Vaike-Kopu_(Puiatu)_vallavalitsus, lk 34
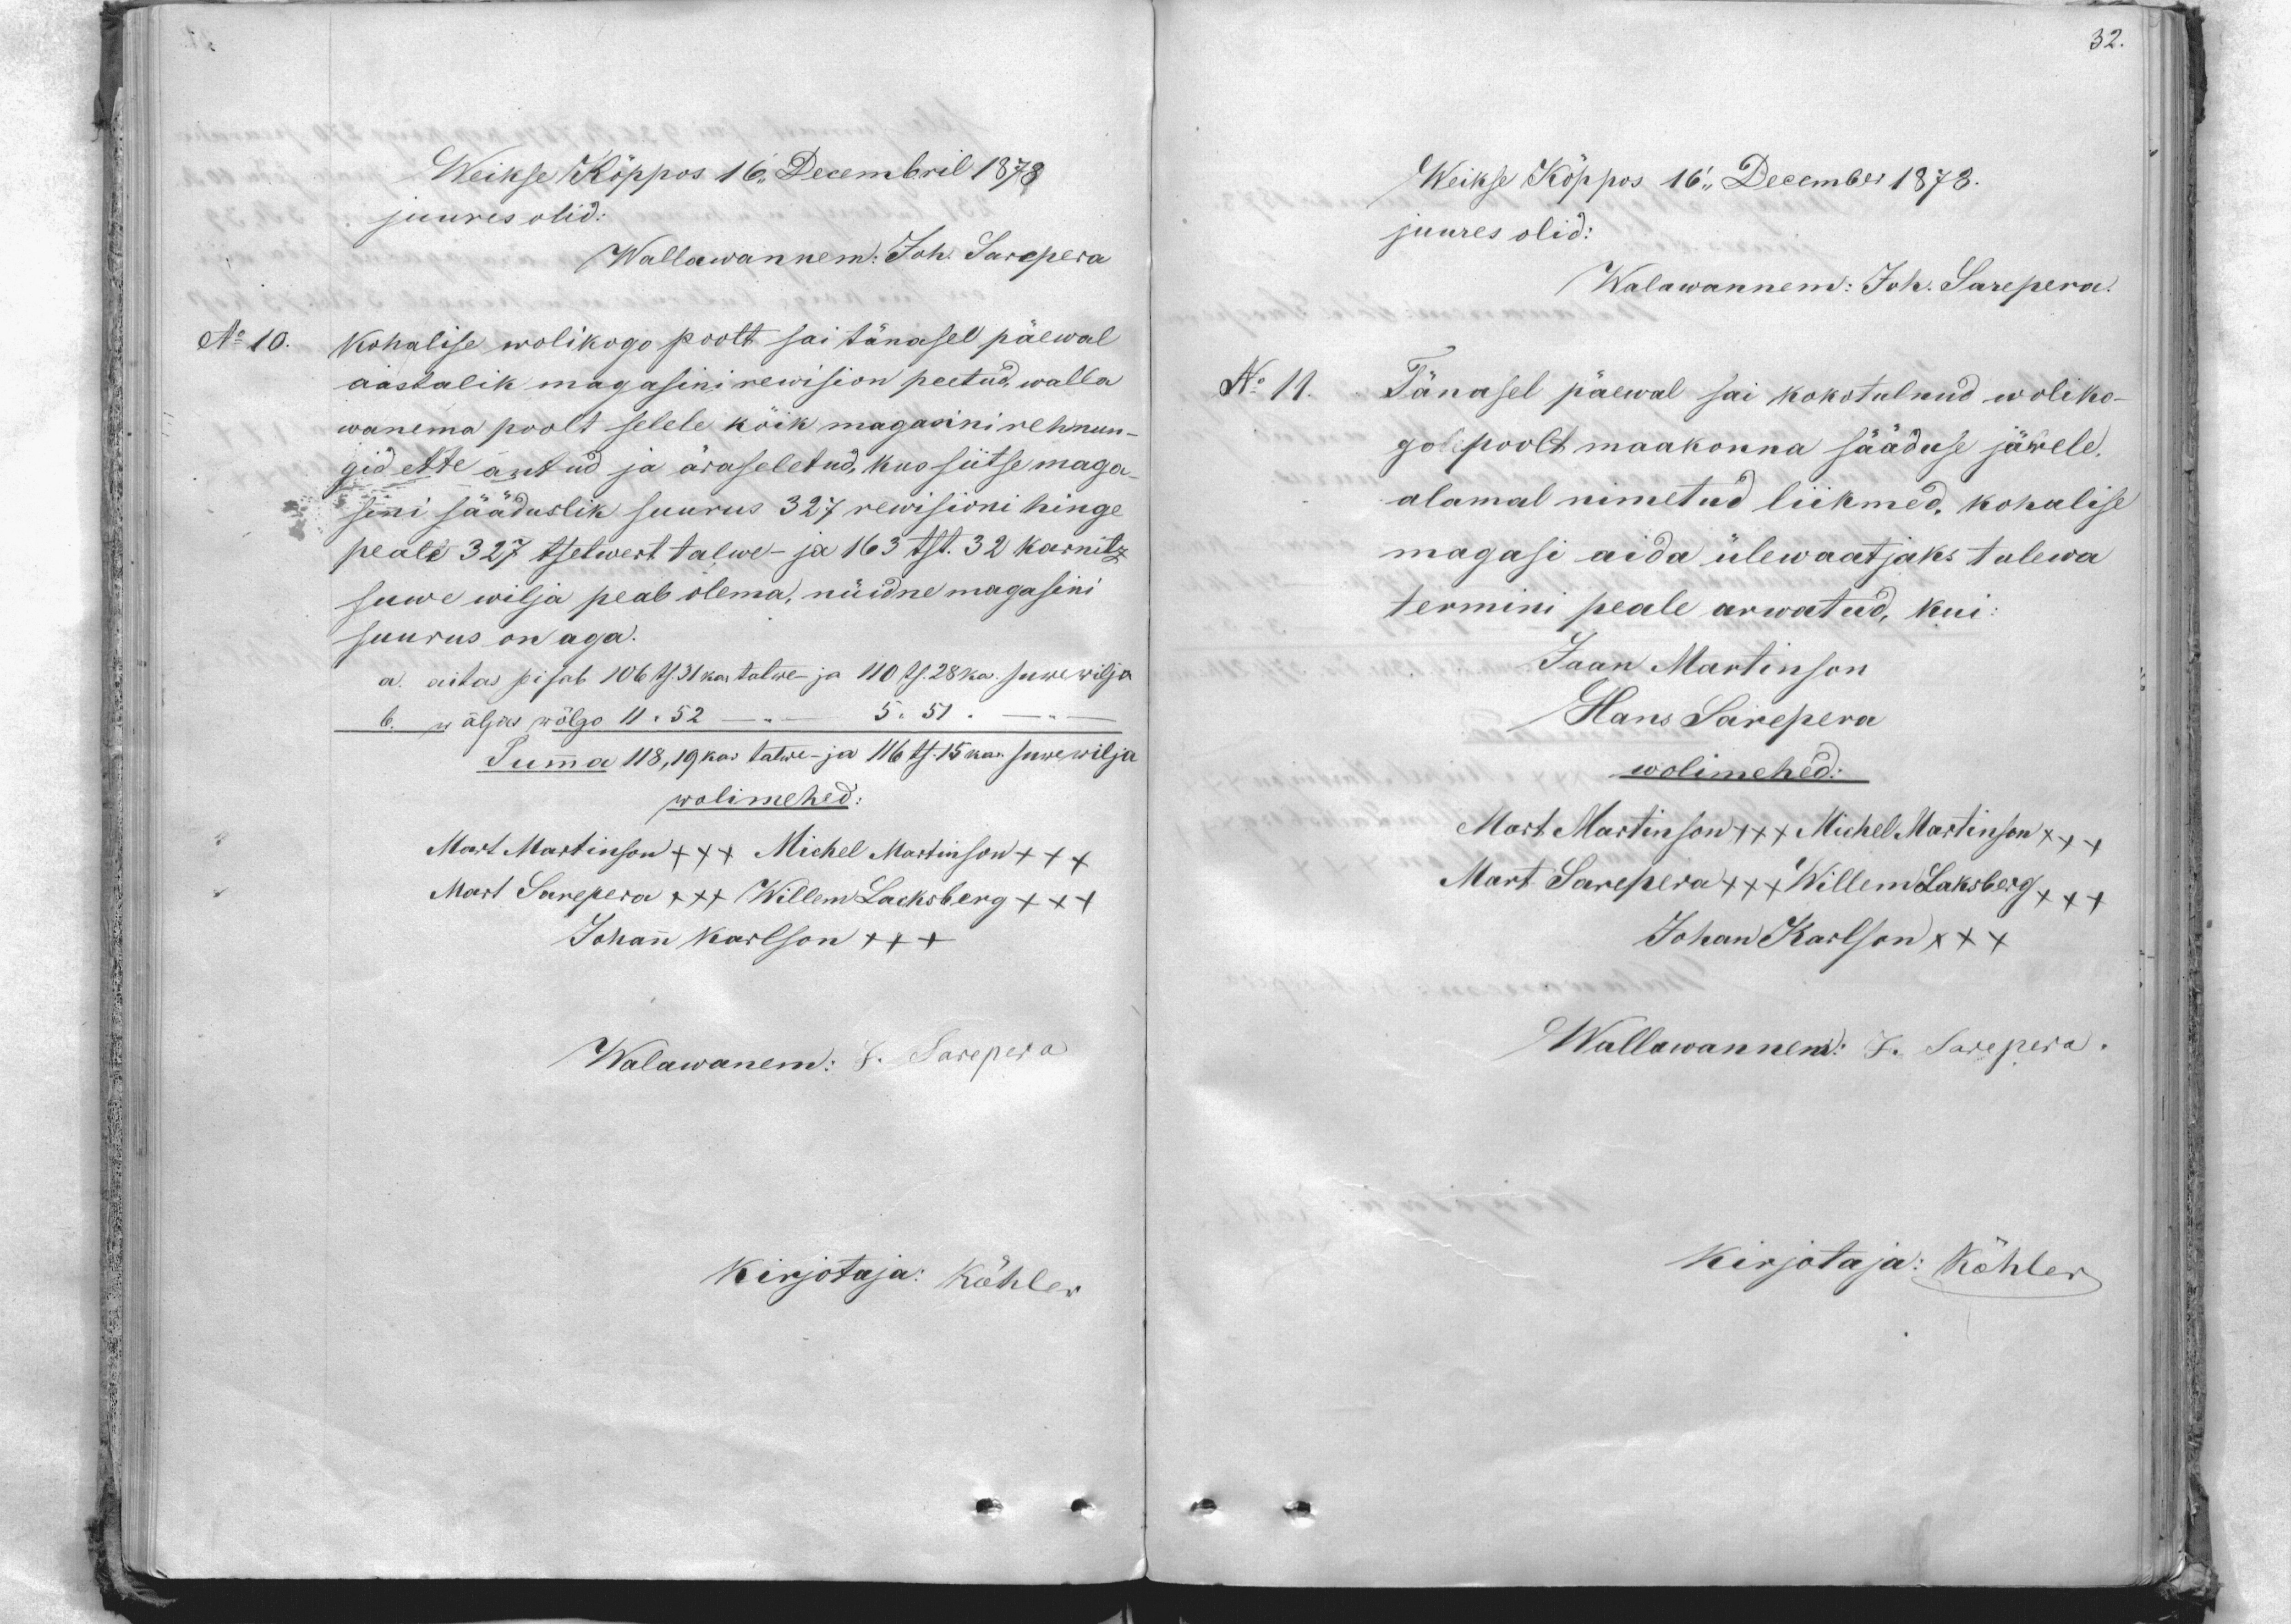
32.

Weikse Kõppos 16. Decembril 1878
juures olid:
Wallawannem: Joh. Sarepera
No 10.
kohalise wolikogo poolt sai tänasel päewal
aastalik magasini rewision peetud, walla
wanema poolt selele kõik magasini rehnun
gid ette antud ja äraseletud, kus siitse maga
sini sääduslik suurus 327 rewisioni hinge
pealt 327 tsetwert talwe- ja 163 tst. 32 karnitz
suwe wilja peab olema, nüidne magasini
suurus on aga.
a. aitas pisab 106 ts 31 ka talwe- ja 110 ts. 28 ka. suwewilja
b. wäljas wõlgo 11 " 52 -           5 " 51.
Summa 118,19 kar talwe- ja 116 ts 15 kar suwewilja
wolimehed:
Mart Martinson XXX Michel Martinson +++
Mart Sarepera +++ Willem Lacksberg +++
Johann Karlson +++
Walawanem: J. Sarepera
kirjotaja: Köhler

Weikse Köppos 16 " Decembr 1878
juures olid:
Walawannem: Joh. Sarepera.
No 11 Tänasel päewal sai kokotulnud woliko-
go poolt maakonna sääduse järele.
alamal nimetud liikmed, kohalise
magasi aida ülewaatjaks tulewa
termini peale arwatud, kui-
Jaan Martinson
Hans Sarepera
wolimehed:
Mart Martinson XXX Michel Martinson +++
Mart Sarepera +++ Willem Laksberg +++
Johan Karlson XXX
Wallawannewt: J. Sarepera.
kirjotaja: Köhler